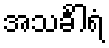
အသင်္ခါရံ